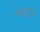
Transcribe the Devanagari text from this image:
०६९३